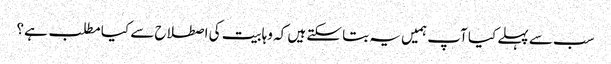
سب سے پہلے کیا آپ ہمیں یہ بتا سکتے ہیں کہ وہابیت کی اصطلاح سے کیا مطلب ہے؟